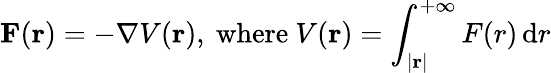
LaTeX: \mathbf{F}(\mathbf{r})=-\mathbf{\nabla}V(\mathbf{r}){\mathrm{,~where~}}V(\mathbf{r})=\int_{|\mathbf{r}|}^{+\infty}F(r)\, \mathrm{d}r